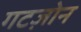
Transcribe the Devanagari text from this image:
गटज़ोन